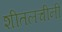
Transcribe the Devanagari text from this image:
शीतलचीनी